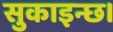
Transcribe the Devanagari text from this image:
सुकाइन्छ।